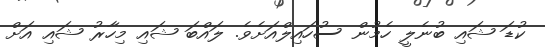
ކުޑަ ޝައި ބުނެލީ ހެމުން ސުހައިލްއަށެވެ. ލައްބަ ޝައި މިހާރު ޝައި އަށް